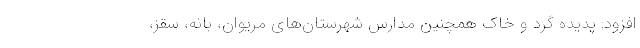
افزود: پدیده گرد و خاک همچنین مدارس شهرستان‌های مریوان، بانه، سقز،